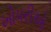
ખોપરીઓ